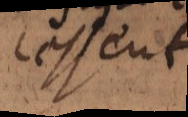
cessent